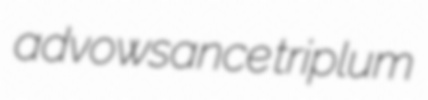
advowsance triplum